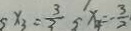
x _ { 3 } = \frac { 3 } { 3 } x _ { 4 } = - \frac { 3 } { 2 }